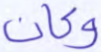
وكان